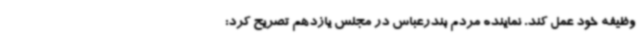
وظیفه خود عمل کند. نماینده مردم بندرعباس در مجلس یازدهم تصریح کرد: